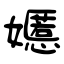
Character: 嬺